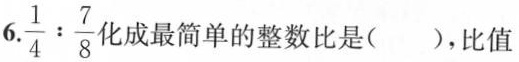
6. $$\frac { 1 } { 4 } : \frac { 7 } { 8 }$$化成最简单的整数比是( )，比值